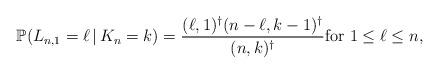
LaTeX: \begin{align*}\mathbb{P}(L_{n,1} = \ell \,|\, K_n = k) = \frac{(\ell,1)^{\dagger} (n-\ell,k-1)^{\dagger} } { (n,k)^{\dagger}} \mbox{for} ~1 \le \ell \le n,\end{align*}